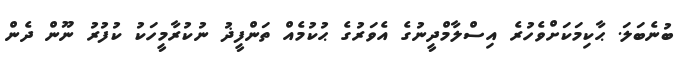
ބުނެބަލަ. ޙާކިމަކަށްވެހުރެ އިސްލާމްދީނުގެ އެވަރުގެ ޙުކުމެއް ތަންފީޛު ނުކުރާމީހަކު ކުފުރު ނޫން ދެން